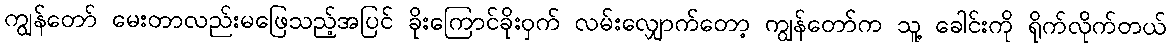
ကျွန်တော် မေးတာလည်းမဖြေသည့်အပြင် ခိုးကြောင်ခိုးဝှက် လမ်းလျှောက်တော့ ကျွန်တော်က သူ့ ခေါင်းကို ရိုက်လိုက်တယ်